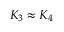
K _ { 3 } \approx K _ { 4 }